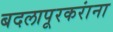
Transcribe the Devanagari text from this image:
बदलापूरकरांना